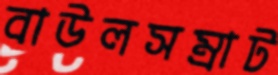
বাউলসম্রাট